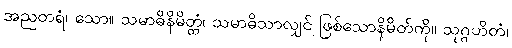
အညတရံ၊ သော။ သမာဓိနိမိတ္တံ၊ သမာဓိသာလျှင် ဖြစ်သောနိမိတ်ကို။ သုဂ္ဂဟိတံ၊